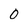
Character: 0